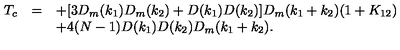
\begin{array} { r c l } { T _ { c } } & { = } & { \displaystyle + [ 3 D _ { m } ( k _ { 1 } ) D _ { m } ( k _ { 2 } ) + D ( k _ { 1 } ) D ( k _ { 2 } ) ] D _ { m } ( k _ { 1 } + k _ { 2 } ) ( 1 + K _ { 1 2 } ) } \\ { } & { } & { \displaystyle + 4 ( N - 1 ) D ( k _ { 1 } ) D ( k _ { 2 } ) D _ { m } ( k _ { 1 } + k _ { 2 } ) . } \\ \end{array}